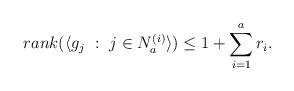
LaTeX: \begin{align*}rank(\langle g_j\ : \ j \in N_a^{(i)}\rangle)\leq 1+\sum_{i=1}^{a}r_i.\end{align*}